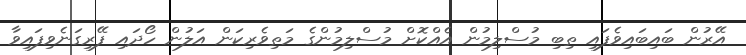
އޭރުން ބައިބައިވެފައި ތިބި މުސްލިމުން އެއްކޮށް މުސްލިމުންގެ މަތިވެރިކަން އަލުން ހޯދައި ފޭރިގަނެވިފައިވާ